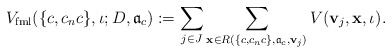
\begin{align*} V_{\mathrm{fml}}(\{c,c_nc\},\iota;D,\mathfrak a_c):=\sum_{j \in J} \sum_{\mathbf x \in R(\{c,c_nc\},\mathfrak a_c,\mathbf v_j)} V(\mathbf v_j,\mathbf x,\iota).\end{align*}